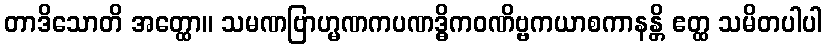
တာဒိသောတိ အတ္ထော။ သမဏဗြာဟ္မဏကပဏဒ္ဓိကဝဏိဗ္ဗကယာစကာနန္တိ ဧတ္ထ သမိတပါပါ